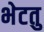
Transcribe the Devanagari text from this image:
भेटतु